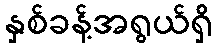
နှစ်ခန့်အရွယ်ရှိ